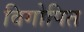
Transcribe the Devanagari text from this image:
विगोपित